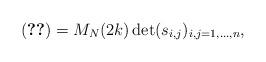
LaTeX: \begin{align*}(\ref{integral})= M_N(2k) \det(s_{i,j})_{i,j=1,\ldots,n},\end{align*}